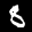
Label: 8